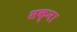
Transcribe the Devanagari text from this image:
सक्ना